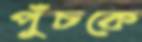
পুঁচকে